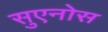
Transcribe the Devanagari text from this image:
सुएनोस